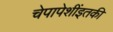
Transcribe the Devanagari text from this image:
चेपापेशींइतकी